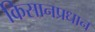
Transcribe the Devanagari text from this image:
किसानप्रधान